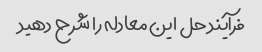
فرآیند حل این معادله را شرح دهید